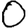
Digit: 0